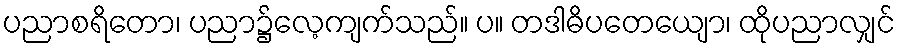
ပညာစရိတော၊ ပညာ၌လေ့ကျက်သည်။ ပ။ တဒါဓိပတေယျော၊ ထိုပညာလျှင်